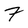
Character: 7